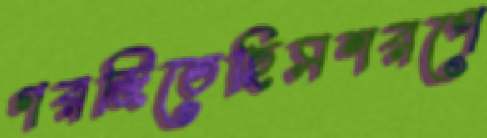
গরজিতেছিসশরপে